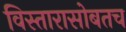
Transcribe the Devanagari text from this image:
विस्तारासोबतच